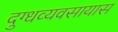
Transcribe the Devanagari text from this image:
दुग्धव्यवसायास